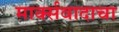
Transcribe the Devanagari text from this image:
मार्क्‍सवादाचा